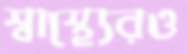
স্বাস্থ্যেরও